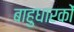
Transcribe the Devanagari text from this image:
बाहुधारकों